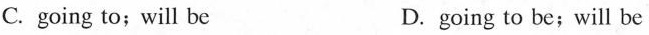
C. going to;will be D. going to be;will be